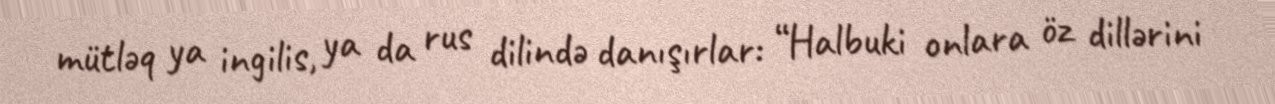
mütləq ya ingilis, ya da rus dilində danışırlar: “Halbuki onlara öz dillərini